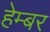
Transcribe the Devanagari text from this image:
हेम्बर